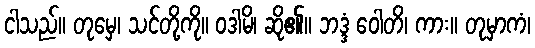
ငါသည်။ တုမှေ၊ သင်တို့ကို။ ဝဒါမိ၊ ဆို၏။ ဘဒ္ဒံ ဝေါတိ၊ ကား။ တုမှာကံ၊